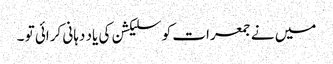
میں نے جمعرات کو سلیکشن کی یاد دہانی کرائی تو ۔